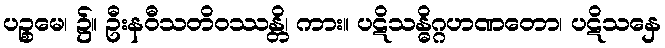
ပဉ္စမေ၊ ၌။ ဦးနဝီသတိဝဿန္တိ၊ ကား။ ပဋိသန္ဓိဂ္ဂဟဏတော၊ ပဋိသနှေ